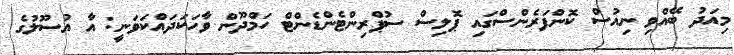
މިއަދު ބޭއްވި ނިއުސް ކޮންފަރެންސްގައި ޕޮލިސް ސުޕްރިންޓެންޑެންޓް ހަމްދޫން ވާހަކަދައްކަވަނީ: އާ އުސޫލުގެ